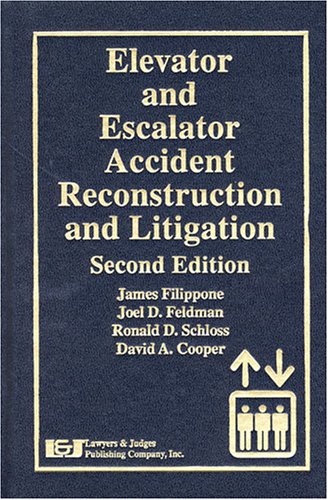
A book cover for Elevator And Escalator Accident Reconstruction and Litigation, Second Edition; James Filippone; Law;